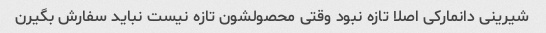
شیرینی دانمارکی اصلا تازه نبود وقتی محصولشون تازه نیست نباید سفارش بگیرن